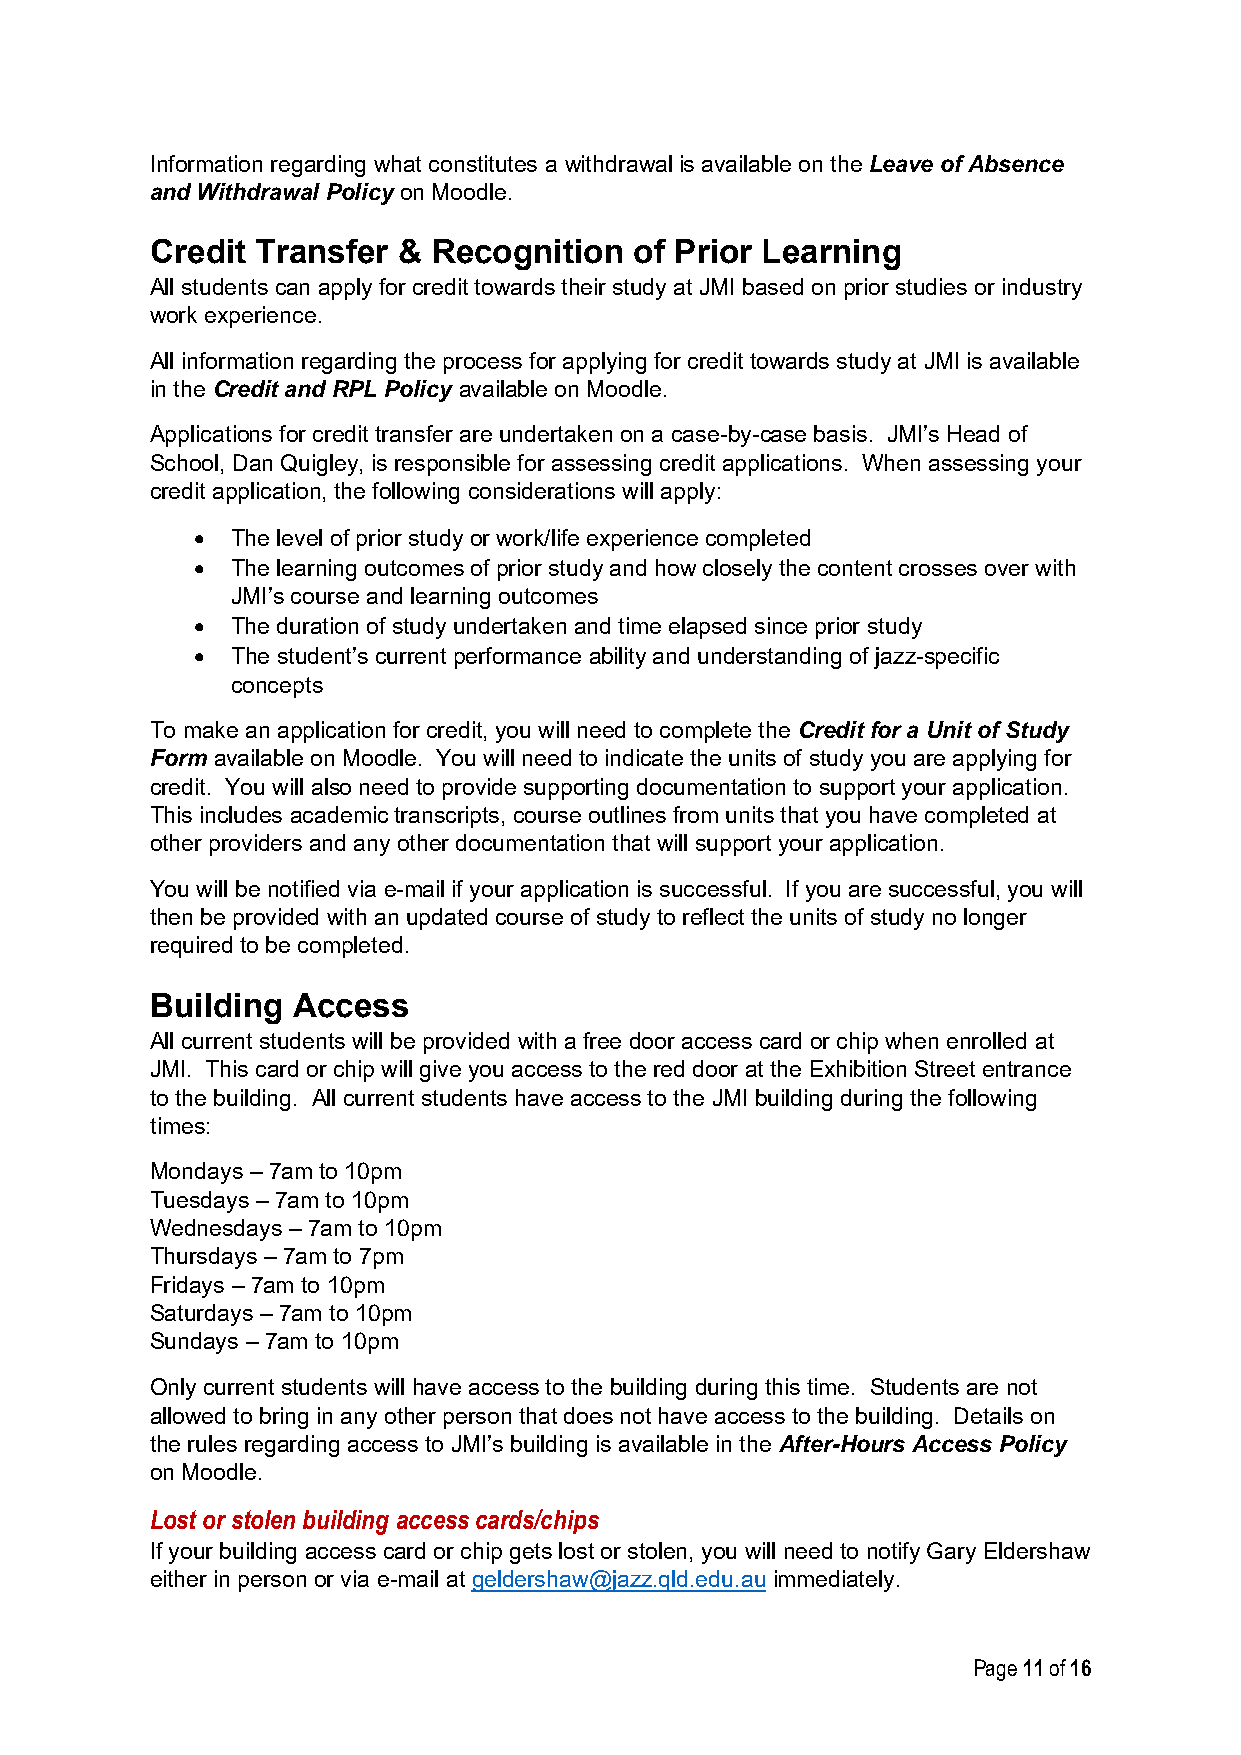
Information regarding what constitutes a withdrawal is available on the Leave of Absence
 and Withdrawal Policy on Moodle.
 Credit Transfer &  Recognition  of Prior Learning
 All students can apply for credit towards their study at JMI based on prior studies or industry
 work experience.
 All information regarding the process for applying for credit towards study at JMI is available
 in the Credit and RPL Policy available on Moodle.
 Applications for credit transfer are undertaken on a case-by-case basis. JMI’s Head of
 School, Dan Quigley, is responsible for assessing credit applications. When assessing your
 credit application, the following considerations will apply:
 • The level of prior study or work/life experience completed
 • The learning outcomes of prior study and how closely the content crosses over with
 JMI’s course and learning outcomes
 • The duration of study undertaken and time elapsed since prior study
 • The student’s current performance ability and understanding of jazz-specific
 concepts
 To make an application for credit, you will need to complete the Credit for a Unit of Study
 Form available on Moodle. You will need to indicate the units of study you are applying for
 credit. You will also need to provide supporting documentation to support your application.
 This includes academic transcripts, course outlines from units that you have completed at
 other providers and any other documentation that will support your application.
 You will be notified via e-mail if your application is successful. If you are successful, you will
 then be provided with an updated course of study to reflect the units of study no longer
 required to be completed.
 Building Access
 All current students will be provided with a free door access card or chip when enrolled at
 JMI. This card or chip will give you access to the red door at the Exhibition Street entrance
 to the building. All current students have access to the JMI building during the following
 times:
 Mondays – 7am to 10pm
 Tuesdays – 7am to 10pm
 Wednesdays – 7am to 10pm
 Thursdays – 7am to 7pm
 Fridays – 7am to 10pm
 Saturdays – 7am to 10pm
 Sundays – 7am to 10pm
 Only current students will have access to the building during this time. Students are not
 allowed to bring in any other person that does not have access to the building. Details on
 the rules regarding access to JMI’s building is available in the After-Hours Access Policy
 on Moodle.
 Lost or stolen building access cards/chips
 If your building access card or chip gets lost or stolen, you will need to notify Gary Eldershaw
 either in person or via e-mail at geldershaw@jazz.qld.edu.au immediately.
 Page 11 of 16